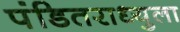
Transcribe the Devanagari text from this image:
पंडितराध्युला